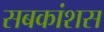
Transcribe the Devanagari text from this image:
सबकांशस